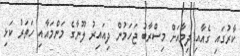
ކާރުގައި ގެއާއި ދިމާއަށް މިސްރާބު ޖަހަމުން ދިއައިރު ލޫނާގެ މަންމައާއި ހަތަރު ކަޅި